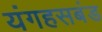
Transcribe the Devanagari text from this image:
यंगहसबंड